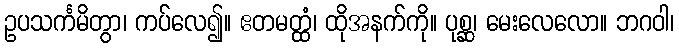
ဥပသင်္ကမိတွာ၊ ကပ်လေ၍။ ဧတမတ္ထံ၊ ထိုအနက်ကို။ ပုစ္ဆ၊ မေးလေလော။ ဘဂဝါ၊